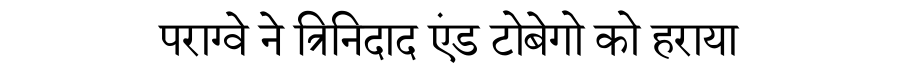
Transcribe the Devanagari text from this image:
पराग्वे ने त्रिनिदाद एंड टोबेगो को हराया